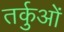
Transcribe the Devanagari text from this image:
तर्कुओं